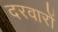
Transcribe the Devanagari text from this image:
दरवारों